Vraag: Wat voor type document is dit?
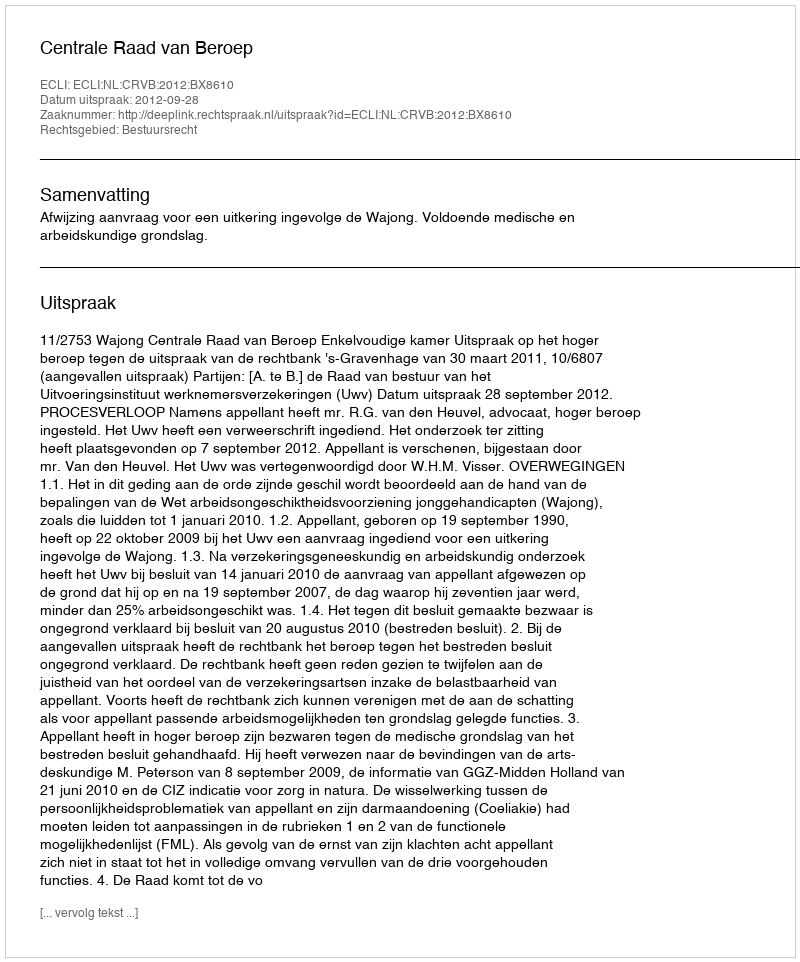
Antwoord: Uitspraak